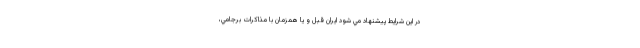
در اين شرايط پيشنهاد مي شود ايران قبل و يا همزمان با مذاكرات برجامي،